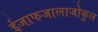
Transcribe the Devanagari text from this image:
ईजाफजालाजोकुल